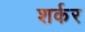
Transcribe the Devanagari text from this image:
शर्कर